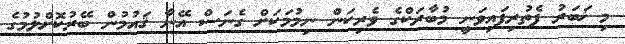
މި ޚަބަރު ފެތުރިފައިވަނީ މުބާރަކްގެ ވެރިކަން ނިމުމަކަށް ގެނަސް އޭނާ ޤައުމުން ބޭރުކޮށްލުމުގެ